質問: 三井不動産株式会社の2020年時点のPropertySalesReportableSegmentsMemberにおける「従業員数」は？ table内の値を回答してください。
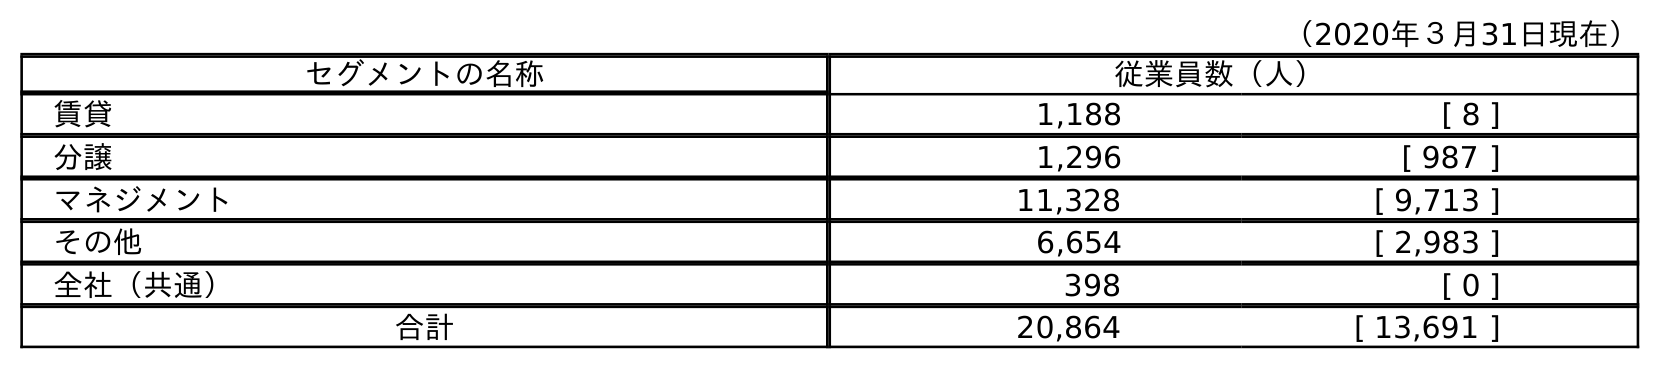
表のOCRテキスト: （2020年３月31日現在） セグメントの名称 従業員数（人） 賃貸 1,188 [ 8 ] 分譲 1,296 [ 987 ] マネジメント 11,328 [ 9,713 ] その他 6,654 [ 2,983 ] 全社（共通） 398 [ 0 ] 合計 20,864 [ 13,691 ]
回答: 1,296